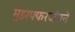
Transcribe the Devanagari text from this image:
मुझफ्फरजंगने